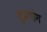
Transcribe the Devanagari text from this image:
सुप्रयोग